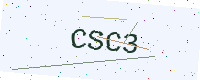
Text: CSC3